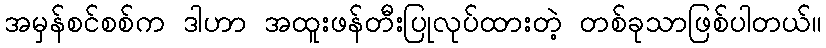
အမှန်စင်စစ်က ဒါဟာ အထူးဖန်တီးပြုလုပ်ထားတဲ့ တစ်ခုသာဖြစ်ပါတယ်။